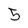
Character: 5